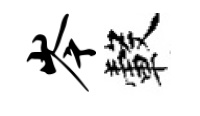
岑轂